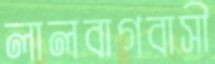
লালবাগবাসী